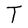
Character: T